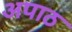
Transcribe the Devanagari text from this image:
अपाठ